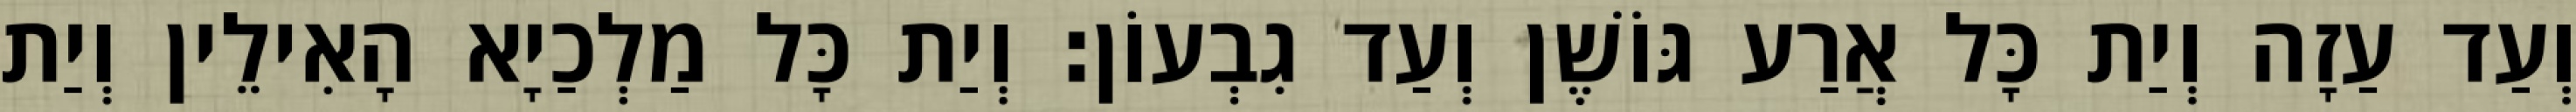
וְעַד עַזָה וְיַת כָּל אֲרַע גּוֹשֶׁן וְעַד גִבְעוֹן׃ וְיַת כָּל מַלְכַיָא הָאִילֵין וְיַת